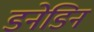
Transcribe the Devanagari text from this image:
डनेडिन